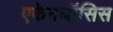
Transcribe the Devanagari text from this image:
एकेनथॉसिस